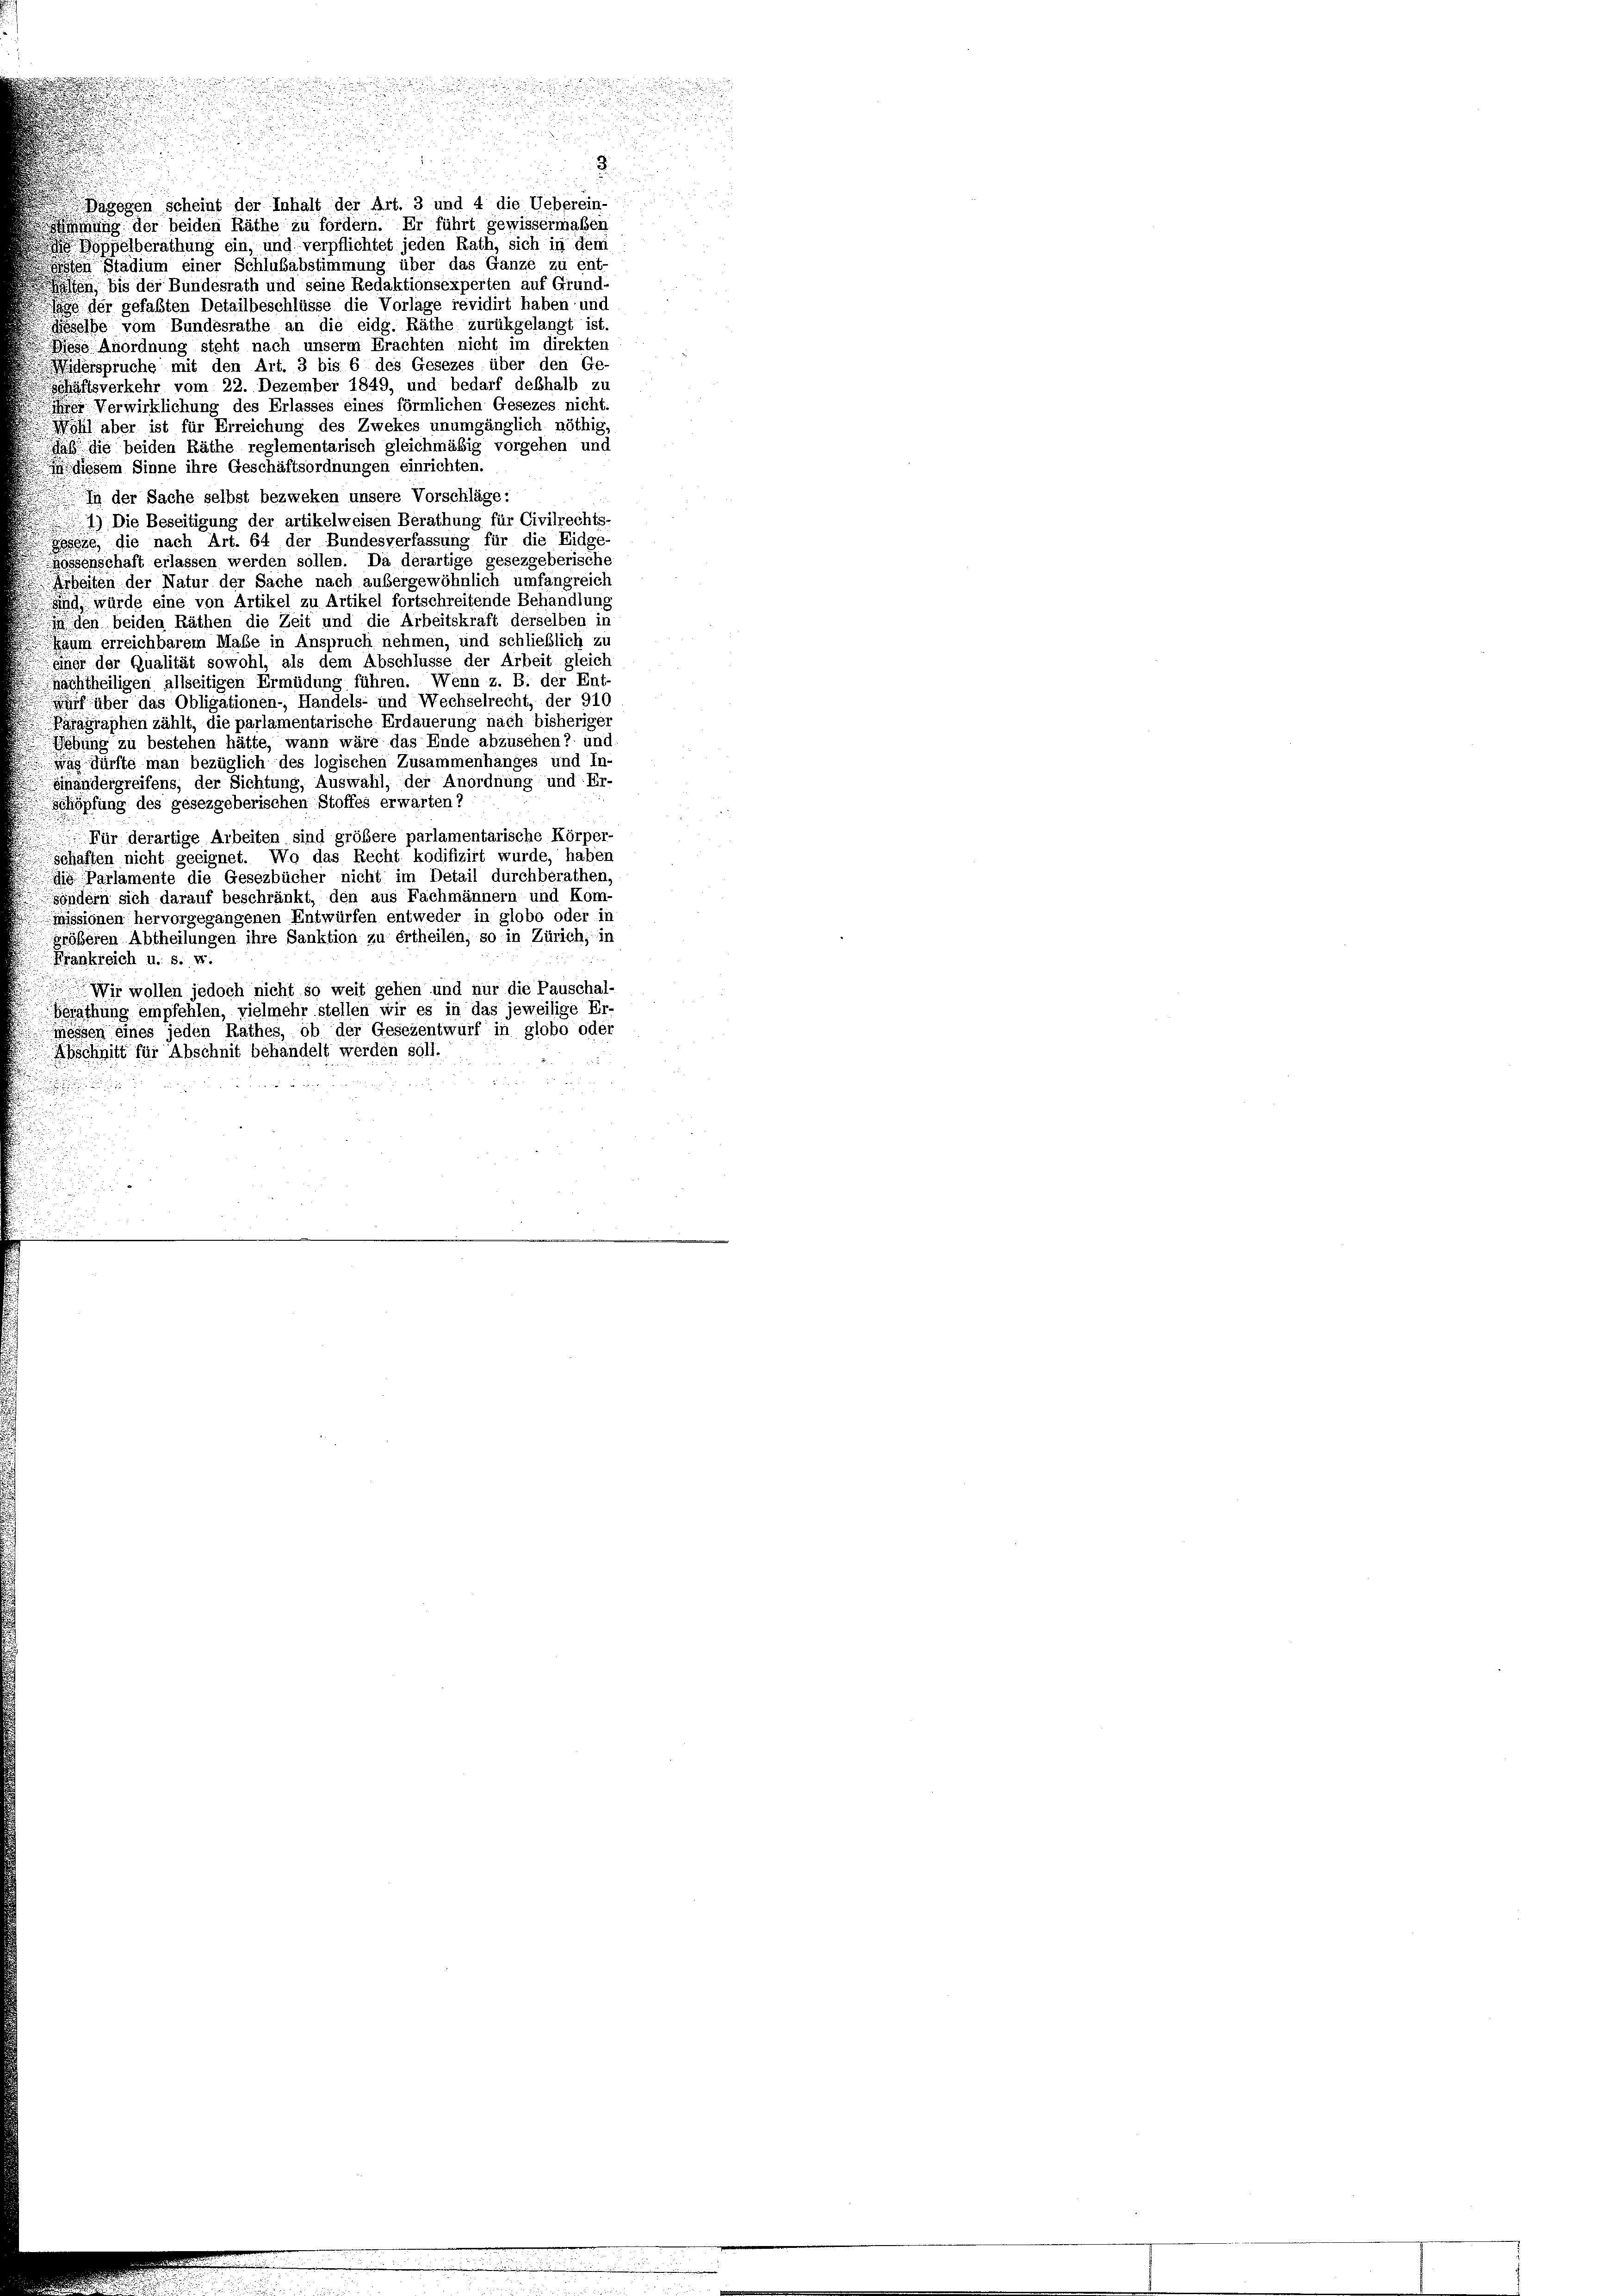
e

scheint der Inhalt der Art. 3 und 4 die Ueberein-
bgel
nung der beiden Räthe zu fordern. Er führt gewissermaßen
Boppelberathung ein, und verpflichtet jeden Rath, sich in dem
en Stadium einer Schlubabstimmung über das Ganze zu ent-
 bis der Bundesrath und seine Redaktionsexperten auf Grund-
lage der gefaßten Detailbeschlüsse die Vorlage revidirt haben und
eselbe vom Bundesrathe an die eidg. Räthe zurükgelangt ist
Wiese Anordnung steht nach unserm Erachten nicht im direkten
Widerspruche mit den Art. 3 bis 6 des Gesezes über den Ge-
Schäftsverkehr vom 22. Dezember 1849, und bedarf deßhalb zu
 Verwirklichung des Erlasses eines förmlichen Gesezes nicht,
hl aber ist für Erreichung des Zwekes unumgänglich nöthig
sal die beiden Räthe reglementarisch gleichmäßig vorgehen und
diesem Sinne ihre Geschäftsordnungen einrichten.
In der Sache selbst bezweken unsere Vorschläge:
1) Die Beseitigung der artikelweisen Berathung für Civilrechts-
Zeseze, die nach Art. 64 der Bundesverfassung für die Eidge
hossenschaft erlassen werden sollen. Da derartige gesezgeberische
Arbeiten der Natur der Sache nach außergewöhnlich umfangreich
d würde eine von Artikel zu Artikel fortschreitende Behandlung
i den beiden Räthen die Zeit und die Arbeitskraft derselben in
Raum erreichbarem Mabe in Anspruch nehmen, und schließlich zu
eher der Qualität sowohl, als dem Abschlusse der Arbeit gleich
nächtheiligen allseitigen Ermüdung führen. Wenn z. B. der Ent
wurf über das Obligationen-, Handels- und Wechselrecht, der 910
Paragraphen zählt, die parlamentarische Erdauerung nach bisheriger
Eehung zu bestehen hätte, wann wäre das Ende abzusehen? und
g dürfte man bezüglich des logischen Zusammenhanges und In-
einandergreifens, der Sichtung, Auswahl, der Anordnung und Er-
schöpfung des gesezgeberischen Stoffes erwarten?
Für derartige Arbeiten sind gröbere parlamentarische Körper-
schaften nicht geeignet. Wo das Recht kodifizirt wurde, haben
die Parlamente die Gesezbücher nicht im Detail durchberathen,
söndern sich darauf beschränkt, den aus Fachmännern und Kom-
missionen hervorgegangenen Entwürfen entweder in globo oder in
größeren Abtheilungen ihre Sanktion zu ertheilen, so in Zürich, in
Krankreich u. s. w.
Wir wollen jedoch nicht so weit gehen und nur die Pauschal-
Gerathung empfehlen, vielmehr stellen wir es in das jeweilige Er-
messen eines jeden Rathes, ob der Gesezentwurf in globo oder
Abschnitt für Abschnit behandelt werden soll.

8
a